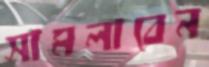
সামলাবেন